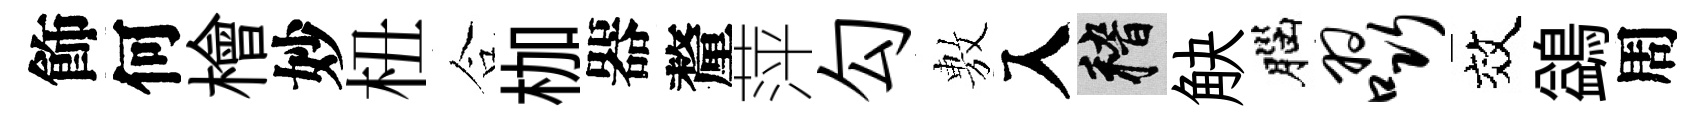
飾何檜妙杻合枷器釐萍勾𢾾入稽觖腦啜效鷁周